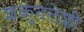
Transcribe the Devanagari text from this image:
शकुंतलेशी